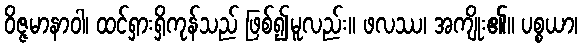
ဝိဇ္ဇမာနာဝါ၊ ထင်ရှားရှိကုန်သည် ဖြစ်၍မူလည်း။ ဖလဿ၊ အကျိုး၏။ ပစ္စယာ၊